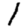
Digit: 1